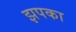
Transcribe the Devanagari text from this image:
झपका